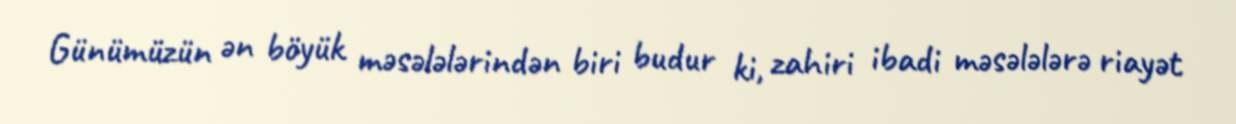
Günümüzün ən böyük məsələlərindən biri budur ki, zahiri ibadi məsələlərə riayət